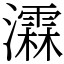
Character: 瀮